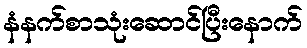
နံနက်စာသုံးဆောင်ပြီးနောက်